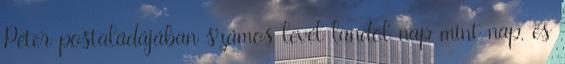
Péter postaládájában számos levél landol nap mint nap, és